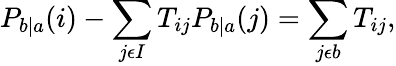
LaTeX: P_{b|a}(i)-\sum_{j\epsilon I}T_{ij}P_{b|a}(j)=\sum_{j\epsilon b}T_{ij},